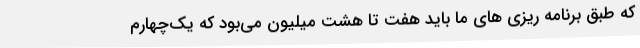
که طبق برنامه ریزی های ما باید هفت تا هشت میلیون می‌بود که یک‌چهارم